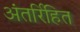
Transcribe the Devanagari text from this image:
अंतर्रिहित